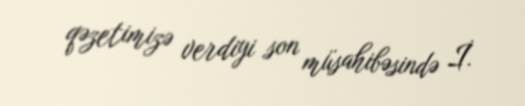
qəzetimizə verdiyi son müsahibəsində İ.